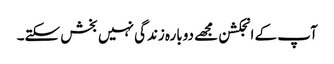
آپ کے انجکشن مجھے دوبارہ زندگی نہیں بخش سکتے۔